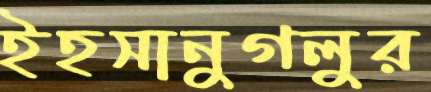
ইহসানুগলুর